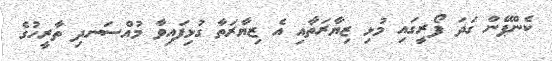
ކެންޕޭން ގަދަ ފޯރީގައި މުޅި ޒިޔާރަތާއި އެ ޒިޔާރަތާ ގުޅިފައިވާ މުއްސަނދި ތާރީހުގެ